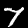
Digit: 7